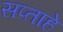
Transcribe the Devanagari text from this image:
सप्ताहे